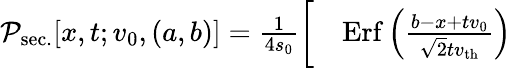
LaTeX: \begin{array}{rl}{\mathcal{P}_{\mathrm{sec.}}[x,t;v_{0},(a,b)]=\frac{1}{4s_{0}}\bigg[}&{{}\mathrm{Erf}\left(\frac{b-x+tv_{0}}{\sqrt{2}tv_{\mathrm{th}}}\right)}\end{array}